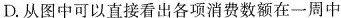
D.从图中可以直接看出各项消费数额在一周中